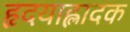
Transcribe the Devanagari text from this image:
हृदयाह्लादक